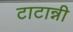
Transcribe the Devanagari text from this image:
टाटान्नी